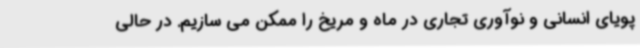
پویای انسانی و نوآوری تجاری در ماه و مریخ را ممکن می سازیم. در حالی